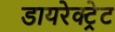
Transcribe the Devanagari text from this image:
डायरेक्ट्रेट